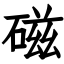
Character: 磁